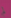
لم